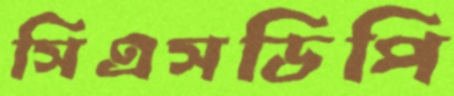
সিএসডিপি